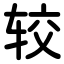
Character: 较